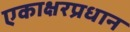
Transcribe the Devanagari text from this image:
एकाक्षरप्रधान